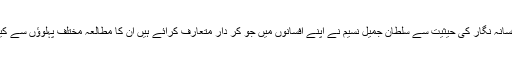
ایک بلند پایہ افسانہ نگار کی حیثیت سے سلطان جمیل نسیم نے اپنے افسانوں میں جو کر دار متعارف کرائے ہیں ان کا مطالعہ مختلف پہلوؤں سے کیا جا سکتا ہے۔